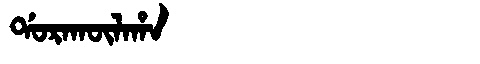
Manchu: ᡩᠣᡵᠠᡴᡡᠯᠠᡥᠠ
Romanization: DORAKŪLAHA